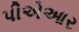
પીએઆર